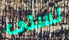
لستى